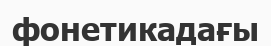
фонетикадағы